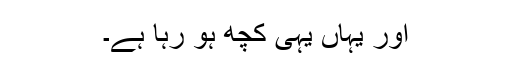
اور یہاں یہی کچھ ہو رہا ہے۔